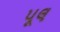
પૂલ